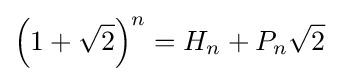
\left(1+{\sqrt {2}}\right)^{n}=H_{n}+P_{n}{\sqrt {2}}